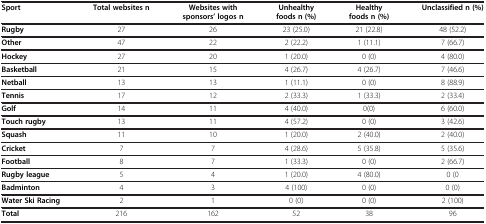
<table><thead><tr><td><b>Sport</b></td><td><b>Total websites n</b></td><td><b>Websites with sponsors’ logos n</b></td><td><b>Unhealthy foods n (%)</b></td><td><b>Healthy foods n (%)</b></td><td><b>Unclassified n (%)</b></td></tr></thead><tbody><tr><td><b>Rugby</b></td><td>27</td><td>26</td><td>23 (25.0)</td><td>21 (22.8)</td><td>48 (52.2)</td></tr><tr><td><b>Other</b></td><td>47</td><td>22</td><td>2 (22.2)</td><td>1 (11.1)</td><td>7 (66.7)</td></tr><tr><td><b>Hockey</b></td><td>27</td><td>20</td><td>1 (20.0)</td><td>0 (0)</td><td>4 (80.0)</td></tr><tr><td><b>Basketball</b></td><td>21</td><td>15</td><td>4 (26.7)</td><td>4 (26.7)</td><td>7 (46.6)</td></tr><tr><td><b>Netball</b></td><td>13</td><td>13</td><td>1 (11.1)</td><td>0 (0)</td><td>8 (88.9)</td></tr><tr><td><b>Tennis</b></td><td>17</td><td>12</td><td>2 (33.3)</td><td>1 (33.3)</td><td>2 (33.4)</td></tr><tr><td><b>Golf</b></td><td>14</td><td>11</td><td>4 (40.0)</td><td>0(0)</td><td>6 (60.0)</td></tr><tr><td><b>Touch rugby</b></td><td>13</td><td>11</td><td>4 (57.2)</td><td>0 (0)</td><td>3 (42.6)</td></tr><tr><td><b>Squash</b></td><td>11</td><td>10</td><td>1 (20.0)</td><td>2 (40.0)</td><td>2 (40.0)</td></tr><tr><td><b>Cricket</b></td><td>7</td><td>7</td><td>4 (28.6)</td><td>5 (35.8)</td><td>5 (35.6)</td></tr><tr><td><b>Football</b></td><td>8</td><td>7</td><td>1 (33.3)</td><td>0 (0)</td><td>2 (66.7)</td></tr><tr><td><b>Rugby league</b></td><td>5</td><td>4</td><td>1 (20.0)</td><td>4 (80.0)</td><td>0 (0</td></tr><tr><td><b>Badminton</b></td><td>4</td><td>3</td><td>4 (100)</td><td>0 (0)</td><td>0 (0)</td></tr><tr><td><b>Water Ski Racing</b></td><td>2</td><td>1</td><td>0 (0)</td><td>0 (0)</td><td>2 (100)</td></tr><tr><td><b>Total</b></td><td>216</td><td>162</td><td>52</td><td>38</td><td>96</td></tr></tbody></table>